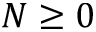
N \geq 0